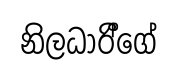
නිලධාරී්ගේ